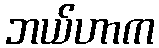
ဘယ်ဟာက